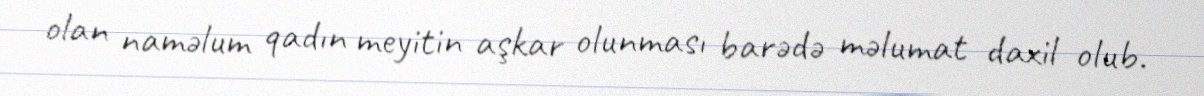
olan naməlum qadın meyitin aşkar olunması barədə məlumat daxil olub.